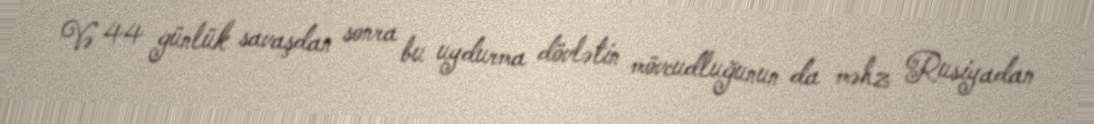
Və 44 günlük savaşdan sonra bu uydurma dövlətin mövcudluğunun da məhz Rusiyadan